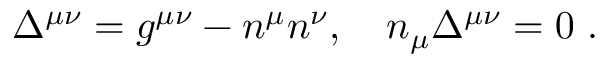
\Delta ^ { \mu \nu } = g ^ { \mu \nu } - n ^ { \mu } n ^ { \nu } , \quad n _ { \mu } \Delta ^ { \mu \nu } = 0 \mathrm { ~ . }